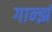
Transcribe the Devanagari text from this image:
गान्झं